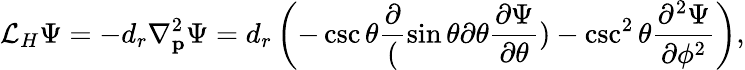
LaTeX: \mathcal{L}_{H}\Psi=-d_{r}\nabla_{\mathbf{p}}^{2}\Psi=d_{r}\left(-\csc{\theta}\frac{\partial}(\sin{\theta}{\partial\theta}\frac{\partial\Psi}{\partial\theta})-\csc^{2}\theta\frac{\partial^{2}\Psi}{\partial\phi^{2}}\right),